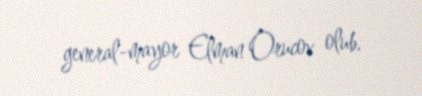
general-mayor Elman Orucov olub.